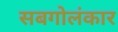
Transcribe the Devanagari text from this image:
सबगोलंकार